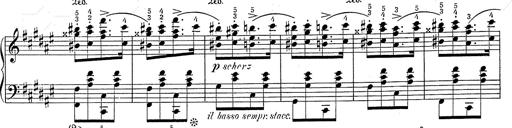
Title: Hungarian Rhapsody No.2
Composer: Franz Liszt
Key: C-sharp minor